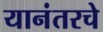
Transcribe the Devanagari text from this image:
यानंतरचे